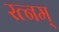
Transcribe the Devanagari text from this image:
रत्नम्‌